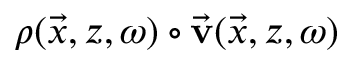
\boldsymbol { \rho } ( \vec { x } , z , \omega ) \circ \vec { \bf v } ( \vec { x } , z , \omega )